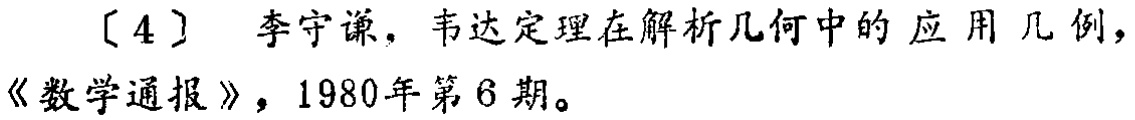
[4] 李守谦，韦达定理在解析几何中的应用几例，《数学通报》，1980年第6期。